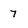
Character: 7